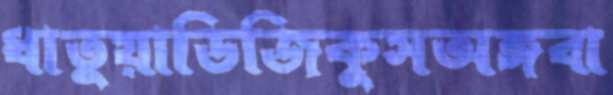
ধাতুয়াডিজিকুসঅঙ্গবা